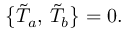
\bigl \{ \tilde { T } _ { a } , \, \tilde { T } _ { b } \bigr \} = 0 .